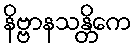
နိဗ္ဗာနသန္တိကေ